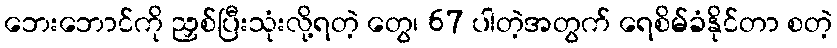
ဘေးဘောင်ကို ညှစ်ပြီးသုံးလို့ရတဲ့ တွေ၊ 67 ပါတဲ့အတွက် ရေစိမ်ခံနိုင်တာ စတဲ့